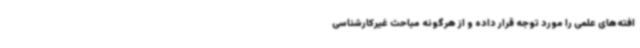
افته‌های علمی را مورد توجه قرار داده و از هرگونه مباحث غیرکارشناسی